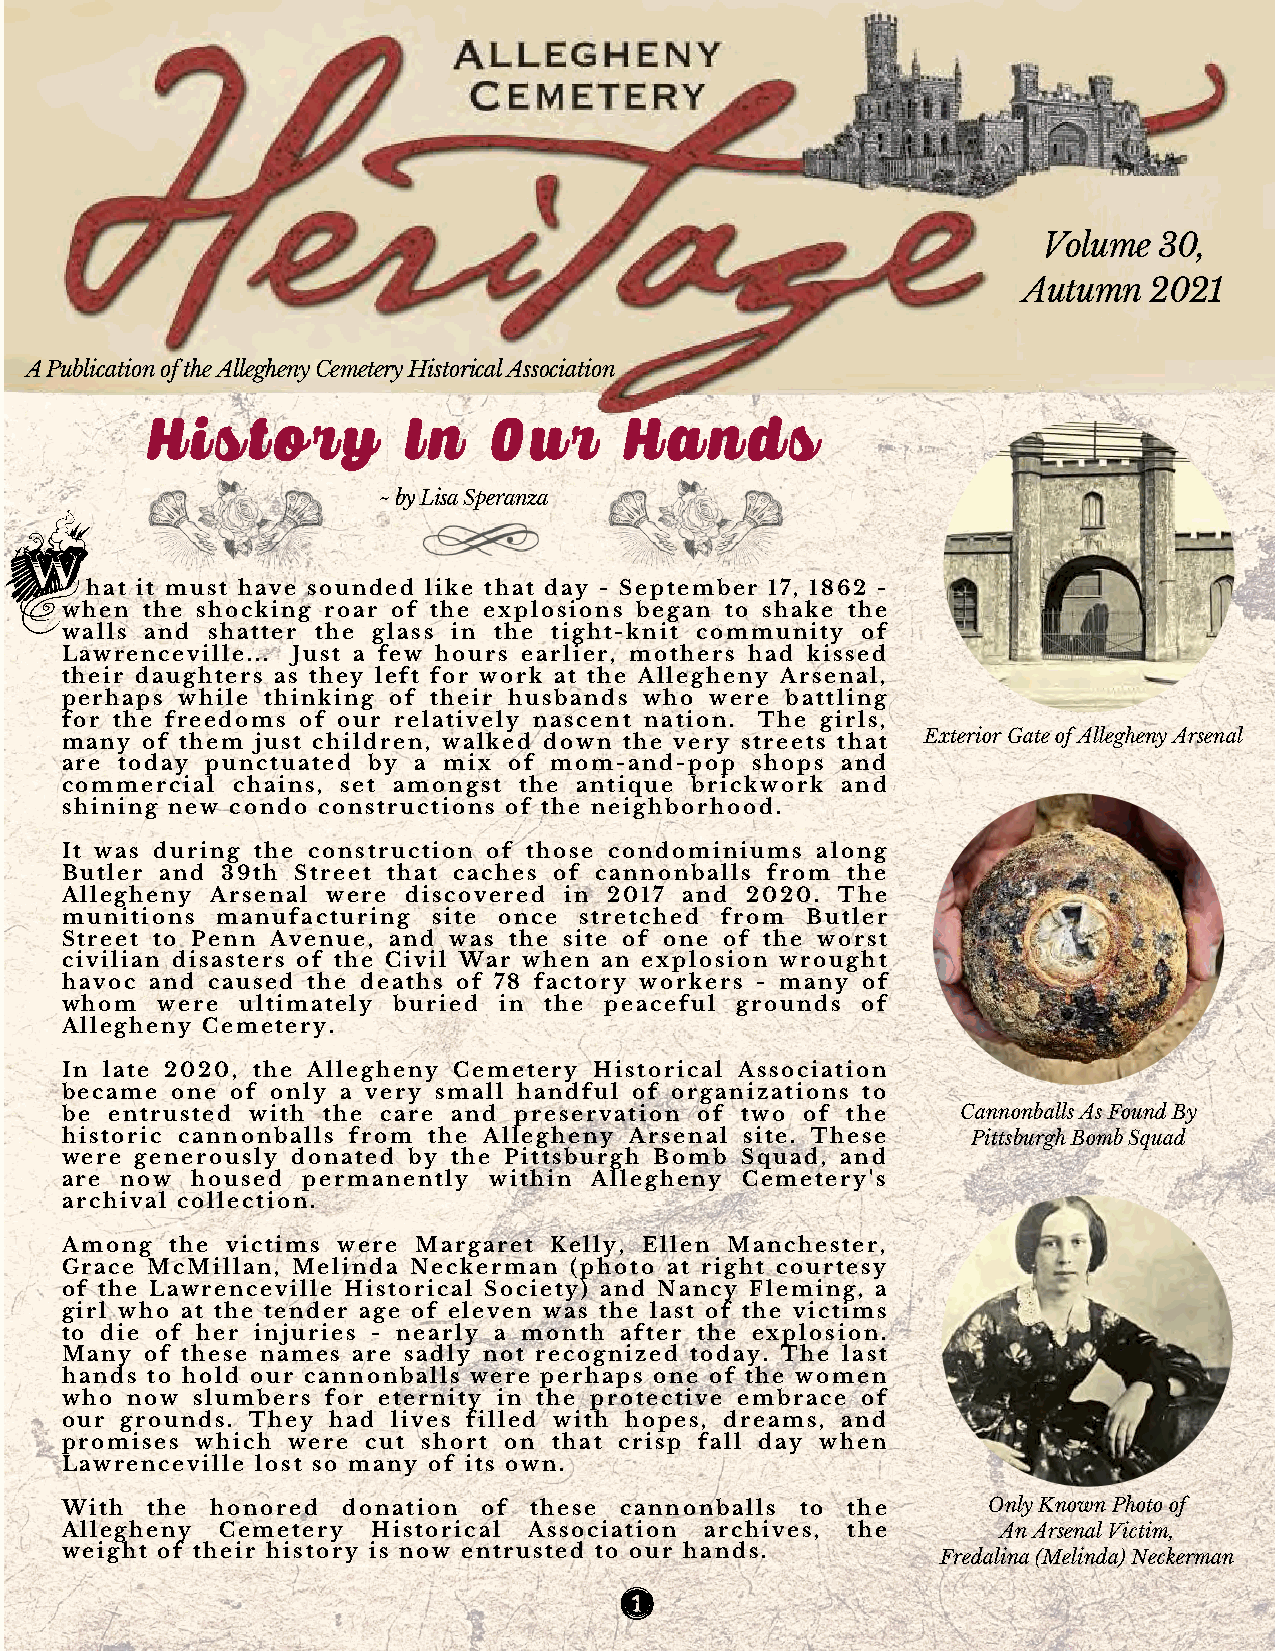
Volume  30,
 Autumn  2021
 A Publication of the Allegheny Cemetery Historical Association
 H  i s t o r y   I n  O  u  r  H  a  n d  s
 ~ by Lisa Speranza
 W
 hat it must have sounded like that day - September 17, 1862 -
 when the shocking roar of the explosions began to shake the
 walls and shatter the glass in the tight-knit community of
 Lawrenceville... Just a few hours earlier, mothers had kissed
 their daughters as they left for work at the Allegheny Arsenal,
 perhaps while thinking of their husbands who were battling
 for the freedoms of our relatively nascent nation. The girls,
 many of them just children, walked down the very streets that Exterior Gate of Allegheny Arsenal
 are today punctuated by a mix of mom-and-pop  shops and
 commercial chains, set amongst the antique brickwork and
 shining new condo constructions of the neighborhood.
 It was during the construction of those condominiums along
 Butler and 39th Street that caches of cannonballs from the
 Allegheny Arsenal were discovered in 2017 and 2020. The
 munitions manufacturing  site once stretched from Butler
 Street to Penn Avenue, and was the site of one of the worst
 civilian disasters of the Civil War when an explosion wrought
 havoc and caused the deaths of 78 factory workers - many of
 whom  were  ultimately buried in the peaceful grounds of
 Allegheny Cemetery.
 In late 2020, the Allegheny Cemetery Historical Association
 became one of only a very small handful of organizations to
 be entrusted with the care and preservation of two of the   Cannonballs As Found By
 historic cannonballs from the Allegheny Arsenal site. These Pittsburgh Bomb Squad
 were generously donated by the Pittsburgh Bomb Squad, and
 are now  housed permanently within Allegheny Cemetery's
 archival collection.
 Among  the victims were Margaret Kelly, Ellen Manchester,
 Grace McMillan, Melinda Neckerman (photo at right courtesy
 of the Lawrenceville Historical Society) and Nancy Fleming, a
 girl who at the tender age of eleven was the last of the victims
 to die of her injuries - nearly a month after the explosion.
 Many  of these names are sadly not recognized today. The last
 hands to hold our cannonballs were perhaps one of the women
 who now  slumbers for eternity in the protective embrace of
 our grounds. They had lives filled with hopes, dreams, and
 promises which were cut short on that crisp fall day when
 Lawrenceville lost so many of its own.
 With  the honored  donation of these cannonballs to the      Only Known Photo of
 Allegheny  Cemetery  Historical Association archives, the     An Arsenal Victim,
 weight of their history is now entrusted to our hands.    Fredalina (Melinda) Neckerman
 1